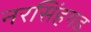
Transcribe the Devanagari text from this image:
नरसिंहगड